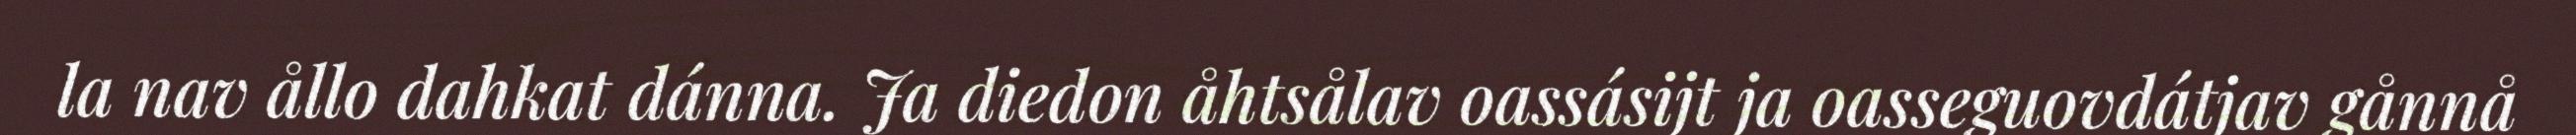
la nav ållo dahkat dánna. Ja diedon åhtsålav oassásijt ja oasseguovdátjav gånnå